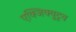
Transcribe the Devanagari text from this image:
एक्जिक्युटूव